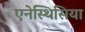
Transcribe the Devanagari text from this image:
एनेस्थिसिया